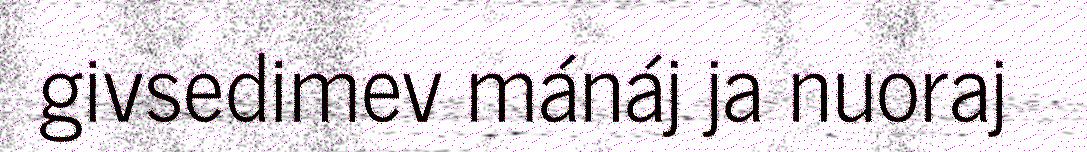
givsedimev mánáj ja nuoraj